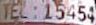
TEL: 15454